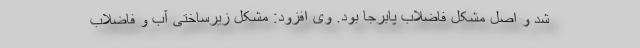
شد و اصل مشکل فاضلاب پابرجا بود. وی افزود: مشکل زیرساختی آب و فاضلاب